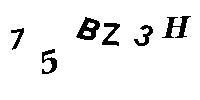
75BZ3H